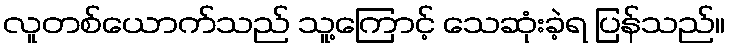
လူတစ်ယောက်သည် သူ့ကြောင့် သေဆုံးခဲ့ရ ပြန်သည်။